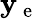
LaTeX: \mathbf{y}_{\mathrm{{~e~}}}